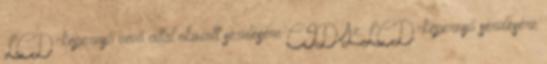
LCD-képernyő vevő által okozott sérülésére CID Az LCD-képernyő sérülésére